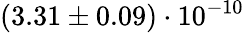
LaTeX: (3.31\pm 0.09)\cdot 10^{-10}